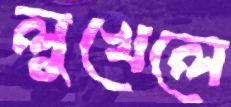
লুখেলে